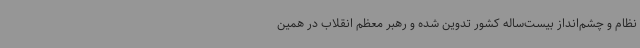
نظام و چشم‌انداز بیست‌ساله کشور تدوین‌ شده و رهبر معظم انقلاب در همین